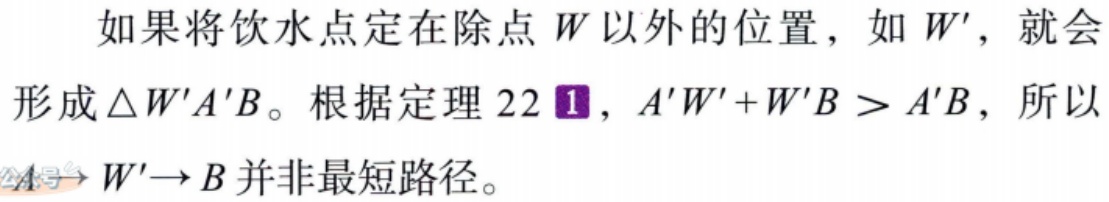
如果将饮水点定在除点 \(W\) 以外的位置，如 \(W'\)，就会形成 \(\triangle W'A'B\)。根据定理 22 \textcircled{1}，\(A'W'+W'B > A'B\)，所以 \(A'\to W'\to B\) 并非最短路径。